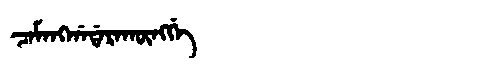
Manchu: ᠴᠠᠮᠠᠩᡤᠠᡩᠠᡵᠠᡴᡡᠩᡤᡝ
Romanization: CAMANGGADARAKŪNGGE